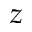
z